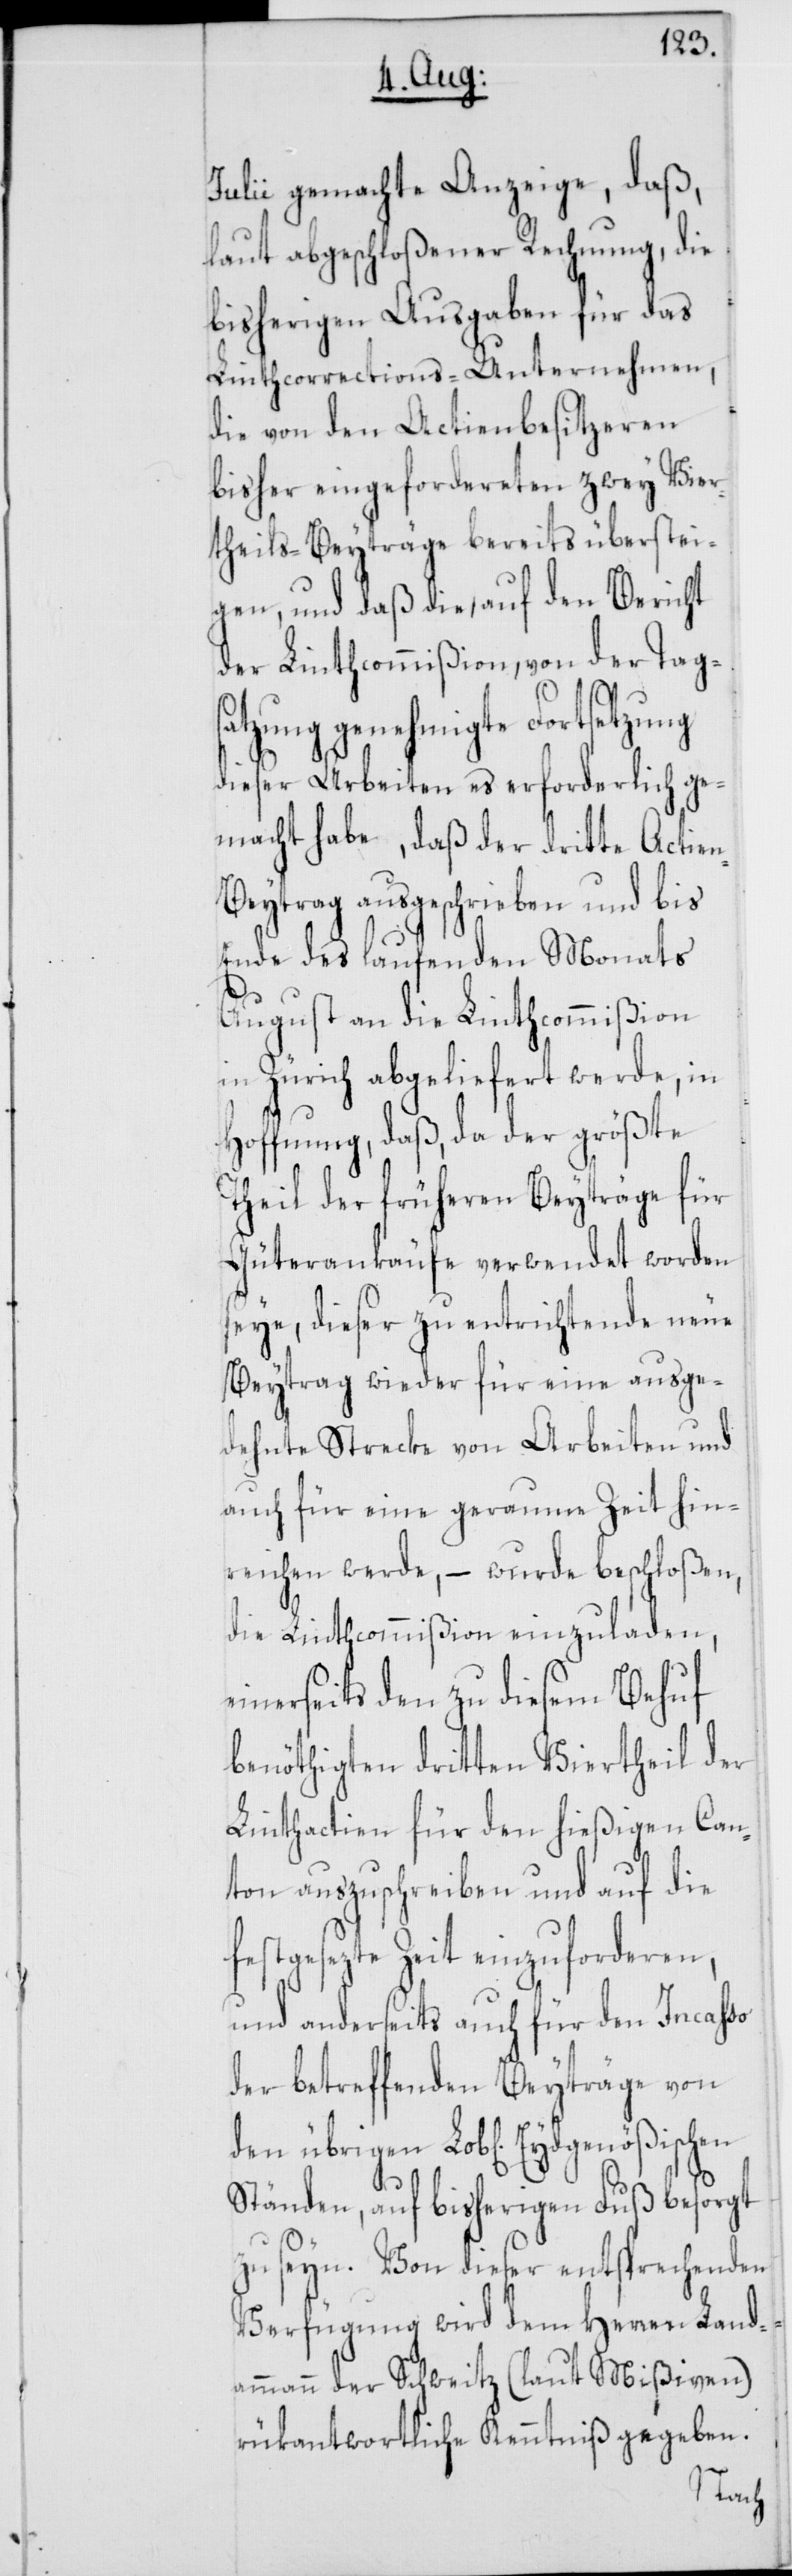
Julii gemachte Anzeige, daß,
laut abgeschloßener Rechnung, die
bisherigen Ausgaben für das
Linthcorrections-Unternehmen,
die von den Actienbesitzeren
bisher eingefordereten zwey Vier¬
theils-Beyträge bereits überstei¬
gen, und daß die, auf den Bericht
der Linthcommißion, von der Tags¬
atzung genehmigte Fortsetzung
dieser Arbeiten es erforderlich ge¬
macht habe, daß der dritte Actie¬
n-Beytrag ausgeschrieben und bis
Ende des laufenden Monats
August an die Linthcommißion
in Zürich abgeliefert werde, in
Hoffnung, daß, da der größte
Theil der früheren Beyträge für
Güterankäufe verwendet worden
seye, dieser zu entrichtende neue
Beytrag wieder für eine ausge¬
dehnte Strecke von Arbeiten und
auch für eine geraume Zeit hin¬
reichen werde, – wurde beschloßen,
die Linthcommißion einzuladen,
einerseits den zu diesem Behuf
benöthigten dritten Viertheil der
Linthactien für den hießigen Can¬
ton auszuschreiben und auf die
festgesezte Zeit einzuforderen,
und anderseits auch für den Incasso
der betreffenden Beyträge von
den übrigen Lob[lichen]
Ständen, auf bisherigen Fuß besorgt
zu seyn. Von dieser entsprechenden
Verfügung wird dem Herren Landa¬
mmann der Schweitz (laut Mißiven)
rükantwortliche Kenntniß gegeben.